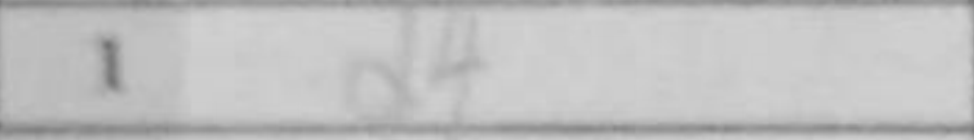
Transcription: d4